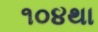
૧૦૪થા